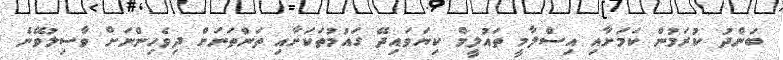
ބަންދު ކުރަމުން ކަމަށާއި އިސްލާމީ ތައުލީމް ކިޔަވައިދޭ ގައުމުތަކަށާއި ތަންތަނަށް ދިވެހިންނަށް ވާސިލުވޭނެ